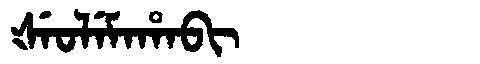
Manchu: ᡧᡝᠣᠯᡝᠮᠠᡥᠠᠪᡳ
Romanization: ŠEOLEMAHABI